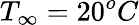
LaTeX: T_{\infty}=20^{o}C